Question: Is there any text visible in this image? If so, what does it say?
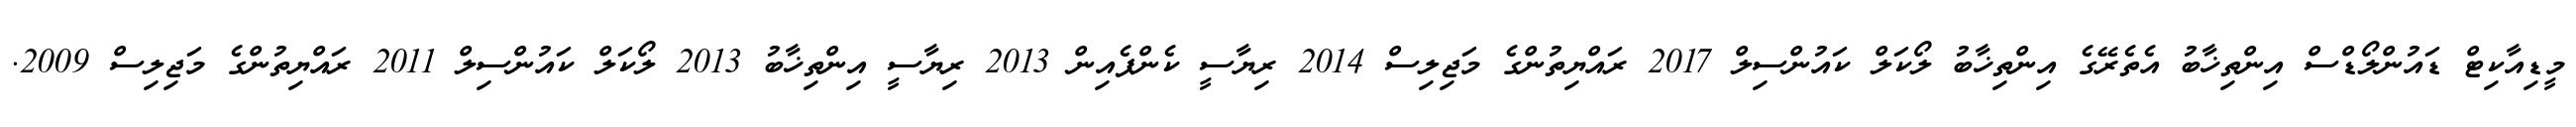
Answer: މީޑިއާކިޓް ޑައުންލޯޑްސް އިންތިޚާބު އެތެރޭގެ އިންތިޚާބު ލޯކަލް ކައުންސިލް 2017 ރައްޔިތުންގެ މަޖިލިސް 2014 ރިޔާސީ ކެންޕެއިން 2013 ރިޔާސީ އިންތިޚާބު 2013 ލޯކަލް ކައުންސިލް 2011 ރައްޔިތުންގެ މަޖިލިސް 2009.